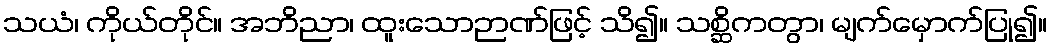
သယံ၊ ကိုယ်တိုင်။ အဘိညာ၊ ထူးသောဉာဏ်ဖြင့် သိ၍။ သစ္ဆိကတွာ၊ မျက်မှောက်ပြု၍။